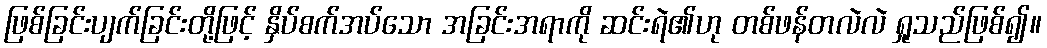
ဖြစ်ခြင်းပျက်ခြင်းတို့ဖြင့် နှိပ်စက်အပ်သော အခြင်းအရာကို ဆင်းရဲ၏ဟု တစ်ဖန်တလဲလဲ ရှုသည်ဖြစ်၍။